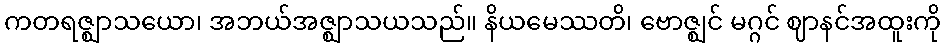
ကတရဇ္ဈာသယော၊ အဘယ်အဇ္ဈာသယသည်။ နိယမေဿတိ၊ ဗောဇ္ဈင် မဂ္ဂင် ဈာနင်အထူးကို